Civil Veterinary Department Bihar & Orissa reports 1929-36 - 1929-1936
Year: 1929
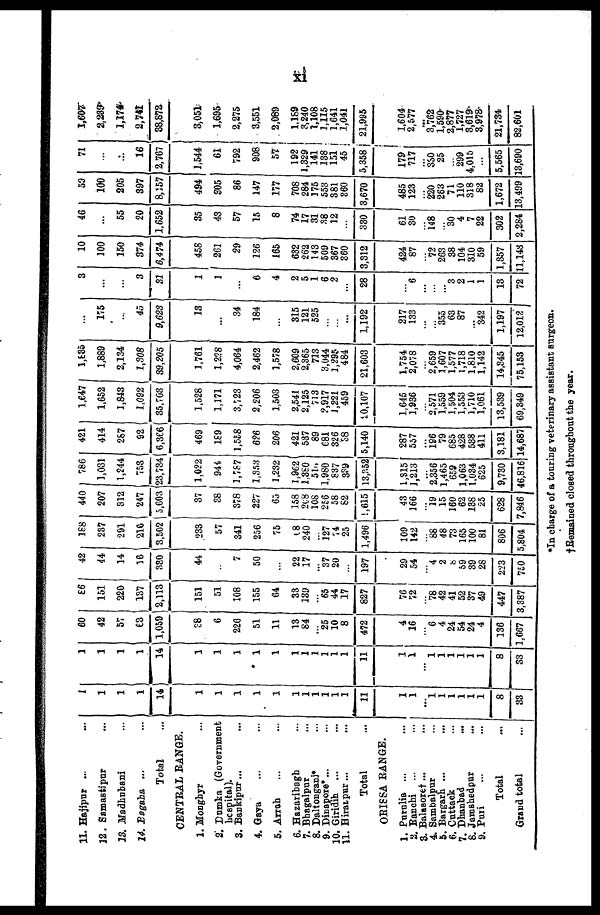
xi
11. Hajipur ... ...
12. Samastipur ...
13. Madhubani ...
14. Bagaha ... ...
Total ...
CENTRAL RANGE.
1. Monghyr ...
2. Dumka (Government
hospital).
3. Bankipur ... ...
4. Gaya ... ...
5. Arrah ... ...
6. Hazaribagh ...
7. Bhagalpur ...
8. Daltonganj* ...
9. Dinapore* ... ...
10. Giridih ... ...
11. Hirapur...
Total
ORISSA RANGE.
1. Purnlia ... ...
2. Ranchi ... ...
3. Balasore† ... ...
4. Sambalpur ...
5. Bargarh ... ...
6. Cuttack ...
7. Dhanbad ...
8. Jarashedpur ...
9. Puri ... ...
Total ...
Grand total ...
1
1
1
1
14
1
1
1
1
1
1
1
1
1
1
1
11
1
1
...
1
1
1
1
1
1
8
83
1
1
1
1
14
1
1
1
1
1
1
1
1
1
1
1
11
1
1
...
1
1
1
1
1
1
8
33
60
42
57
63
1,059
38
6
226
51
11
13
84
... 25
10
8
472
4
16
...
6
4
24
54
24
4
136
1,667
86
151
220
137
2,113
151
51
108
155
64
33
130
65
44
17
827
76
722
...
78
42
41
52
37
49
447
3,387
42
44
14
16
380
44
...
7
50
...
22
17
37
20
...
197
29
54
...
4
2
8
69
39
28
223
750
168
237
291
210
3,502
233
57
341
256
75
18
240
127
74
25
1,496
109
142
...
88
48
73
165
100
81
806
5,804
440
207
312
247
| 5,603
37
28
378
227
65
158
208
108
256
58
82
1,615
43
166
...
19
15
160
62
138
25
628
7,846
786
1,031
1,244
753
23,734
1,022
94i
1,787
1,353
1.232
1,962
1,380
510
1,980
637
339
13,352
1,315
1,213
...
2,356
1,465
659
1,063
1,034
625
9,730
46,816
421
414
287
92
6,366
469
169
1,558
626
206
421
537
89
681
326
38
5,140
287
557
...
196
79
685
428
538
411
3,181
14,687
1,647
1,652
1,843
1,092
35,703
1,528
1,171
3,723
2,206
1,503
2,541
2,125
713
?,917
1,221
459
1.0,107
1,645
1,936
...
2,571
1,559
1,504
1,553
1,710
1,061
13,539
69,349
l,885
1,889
2,134
1,308
39,205
1,761
1,228
4,064
2,462
1,578
2,609
2,365
713
3,044
1,295
484
21,603
1,754
2,078
...
2,659
1,607
1,577
1,718
1,810
1,142
14,345
75,153
...
175
...
45
9,623
13
...
34
184
...
315
121
525
...
...
...
1,192
217
133
...
...
355
63
87
...
342
1,197
12,012
3
...
...
3
81
1
1
...
6
4
2
5
1
6
2
...
28
...
6
...
...
...
3
2
1
1
13
72
10
100
150
374
5,474
458
261
29
126
165
632
262
143
509
867
360
3,312
424
87
...
72
263
38
104
310
59
1,857
11,143
46
...
55
20
1,652
35
43
57
15
8
74
17
31
38
12
...
330
61
80
...
148
30
4
7
22
302
2,284
59
100
205
897
8,157
494
305
86
147
177
708
284
175
553
381
860
3,670
485
123
...
220
263
71
110
318
82
1,672
13,499
71
...
...
16
2,767
1,544
61
792
908
57
192
1,329
141
138
151
45
5,358
179
717
...
330
25
299
4,015
...
5,565
13,690
1,607
2,239
1,174
2,741
38,872
3,051
1,695
2,275
3,551
2,089
1,189
3,240
1,108
1,115
1,641
1,041
21,995
1,604
2,577
...
3,762
1,590
2,877
1,727
3,619
3,978
21,734
82,601
*In charge of a touring veterinary assistant surgeon.
†Remained closed throughout the year.